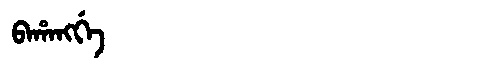
Manchu: ᠪᠠᡥᠠᠩᡤᡝ
Romanization: BAHANGGE